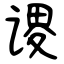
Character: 谡